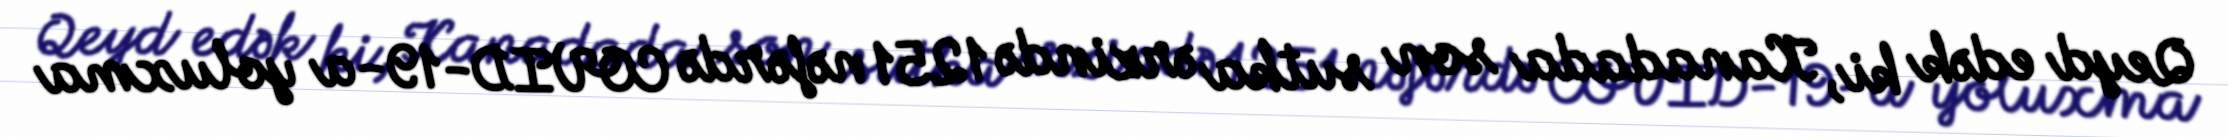
Qeyd edək ki, Kanadada son sutka ərzində 1251 nəfərdə COVID-19-a yoluxma